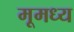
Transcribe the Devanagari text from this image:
मूमध्य